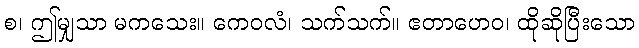
စ၊ ဤမျှသာ မကသေး။ ကေဝလံ၊ သက်သက်။ ဧတာဟေဝ၊ ထိုဆိုပြီးသော